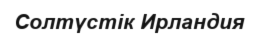
Солтүстік Ирландия